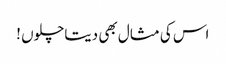
اس کی مثال بھی دیتاچلوں !